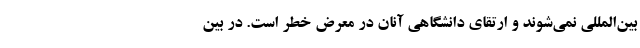
بین‌المللی نمی‌شوند و ارتقای دانشگاهی آنان در معرض خطر است. در بین